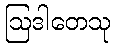
ဩဒါတေသု